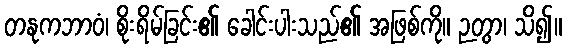
တနုကဘာဝံ၊ စိုးရိမ်ခြင်း၏ ခေါင်းပါးသည်၏ အဖြစ်ကို။ ဉတွာ၊ သိ၍။